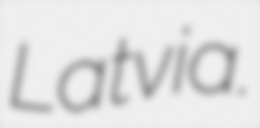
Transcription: Latvia.